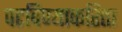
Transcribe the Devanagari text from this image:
पटविण्याकरिता